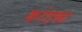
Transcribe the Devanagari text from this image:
करंडका